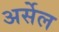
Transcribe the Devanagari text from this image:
अर्सेल